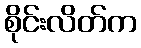
စိုင်းလိတ်က